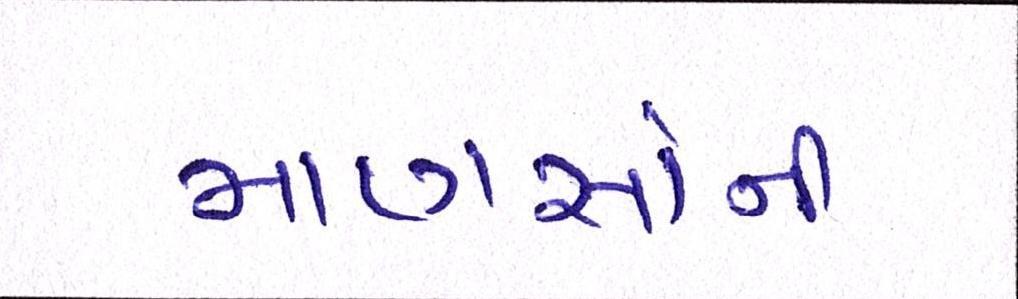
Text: માણસોની